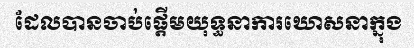
ដែលបានចាប់ផ្តើមយុទ្ធនាការឃោសនាក្នុង